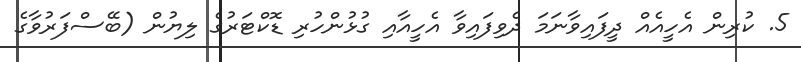
5. ކުރިން އެހީއެއް ދީފައިވާނަމަ ދެވިފައިވާ އެހީއާއި ގުޅުންހުރި ޑޮކްޓަރުގެ ލިޔުން (ބޭސްފަރުވާގެ